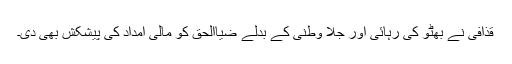
قذافی نے بھٹو کی رہائی اور جلا وطنی کے بدلے ضیاالحق کو مالی امداد کی پیشکش بھی دی۔